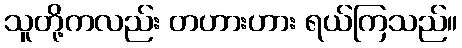
သူတို့ကလည်း တဟားဟား ရယ်ကြသည်။